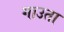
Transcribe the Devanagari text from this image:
गाउता